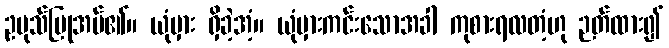
ဥပုသ်ပြုအပ်၏။ ယုံမှား ရှိခဲ့အံ့။ ယုံမှားကင်းသောအခါ ကုစားရလတံ့ဟု ဉတ်ထား၍